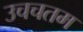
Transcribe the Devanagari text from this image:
उचचतम